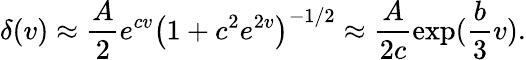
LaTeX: \delta(v)\approx\frac{A}{2}e^{cv}\left(1+c^{2}e^{2v}\right)^{-1/2}\approx\frac{A}{2c}\exp(\frac{b}{3}v).